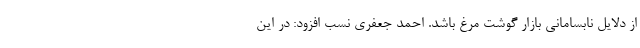
از دلایل نابسامانی بازار گوشت مرغ باشد. احمد جعفری نسب افزود: در این